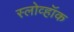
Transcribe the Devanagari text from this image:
स्लोव्हॉक